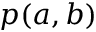
p ( a , b )